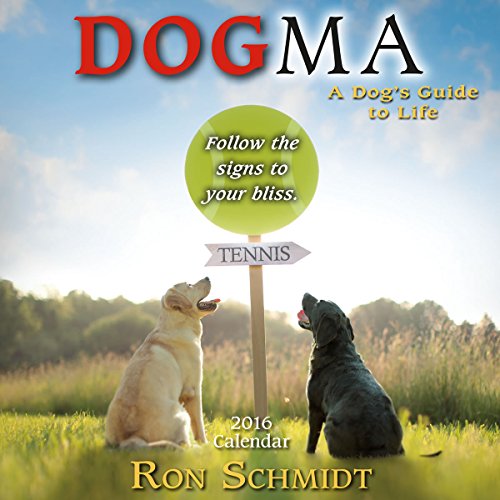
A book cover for Dogma 2016 Mini Calendar; Ron Schmidt; Calendars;